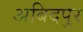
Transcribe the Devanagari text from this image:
अबिदपुर